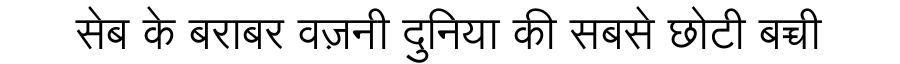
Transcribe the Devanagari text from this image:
सेब के बराबर वज़नी दुनिया की सबसे छोटी बच्ची